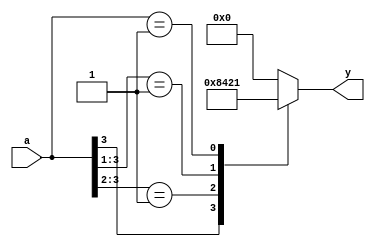
module priority_encoder (
    a,
    y
);

input       [3:0] a;
output reg  [3:0] y;

always @(a) begin
    casex(a)
        4'b1xxx: y=4'b1000;
        4'b01xx: y=4'b0100;
        4'b001x: y=4'b0010;
        4'b0001: y=4'b0001;
        default: y=4'b0000;
    endcase
end

endmodule